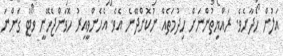
އަލުން ހޯދާށެވެ. ރައްޔިތުންނަށް ހިދުމަތެއް ނުކޮށްދޭނެ އެވެ. އެހެންވީއިރު ހޮވަންޖެހޭނީ ވޯޓު ގަންނަ